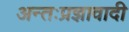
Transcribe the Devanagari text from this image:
अन्तःप्रज्ञावादी